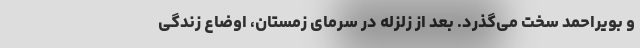
و بویراحمد سخت می‌گذرد. بعد از زلزله در سرمای زمستان، اوضاع زندگی